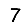
Digit: 7